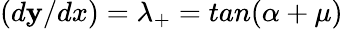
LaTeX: (d\mathbf{y}/dx)=\lambda_{+}=tan(\alpha+\mu)